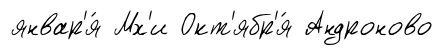
январ'я́ Мх'и Окт'ябр'я́ Андроново